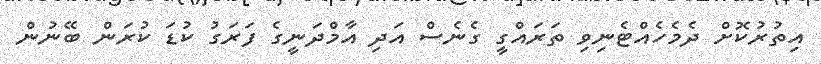
އިތުރުކޮށް ދެމެހެއްޓެނިވި ތަރައްގީ ގެނެސް އަދި އާމްދަނީގެ ފަރަގު ކުޑަ ކުރަން ބޭނުން